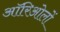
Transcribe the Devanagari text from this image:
ऑरिओलों